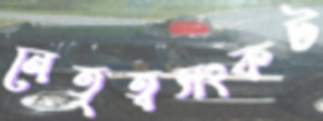
নেতৃত্বসংকট